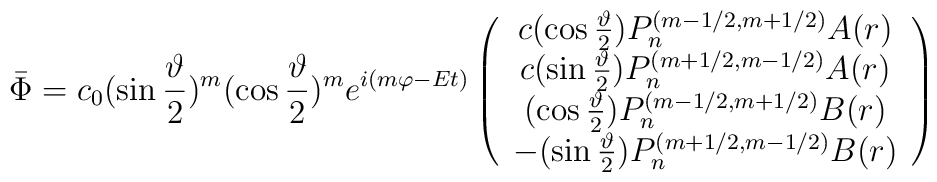
\bar \Phi =c_0(\sin \frac \vartheta 2)^m(\cos \frac \vartheta2)^me^{i(m\varphi -Et)}\left(\begin{array}{c}c(\cos \frac \vartheta 2)P_n^{(m-1/2,m+1/2)}A(r) \\c(\sin \frac \vartheta 2)P_n^{(m+1/2,m-1/2)}A(r) \\(\cos \frac \vartheta 2)P_n^{(m-1/2,m+1/2)}B(r) \\-(\sin \frac \vartheta 2)P_n^{(m+1/2,m-1/2)}B(r)\end{array}\right)